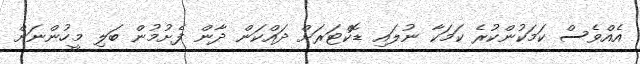
އެއްވެސް ކަމަކުންކުރެ ކަމަކާ ނުލައި ޑޮކްޓަރަށް ދައްކަން ދާން ފެށުމުން ބަލި މީހުންނަށް